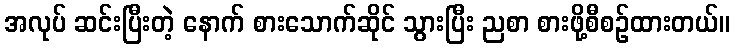
အလုပ် ဆင်းပြီးတဲ့ နောက် စားသောက်ဆိုင် သွားပြီး ညစာ စားဖို့စီစဉ်ထားတယ်။